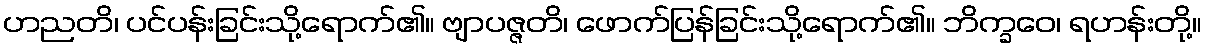
ဟညတိ၊ ပင်ပန်းခြင်းသို့ရောက်၏။ ဗျာပဇ္ဇတိ၊ ဖောက်ပြန်ခြင်းသို့ရောက်၏။ ဘိက္ခဝေ၊ ရဟန်းတို့။